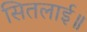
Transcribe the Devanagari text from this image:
सितलाई॥